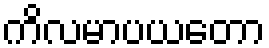
ကိလမာပယတော